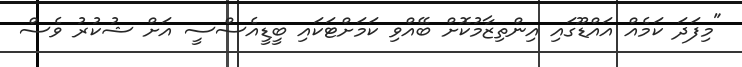
"މިފަދަ ކަމެއް އައްޑޫގައި އިންތިޒާމުކޮށް ބޭއްވި ކަމަށްޓަކައި ބީޑީއެސްސީ އަށް ޝުކުރު ވެސް